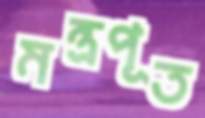
মন্ত্রপূত